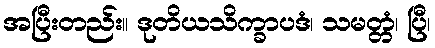
အပြီးတည်း။ ဒုတိယသိက္ခာပဒံ၊ သမတ္တံ၊ ပြီ၊